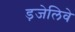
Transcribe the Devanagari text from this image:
ड़जेलिवे